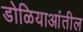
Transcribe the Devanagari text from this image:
डोळियाआंतील